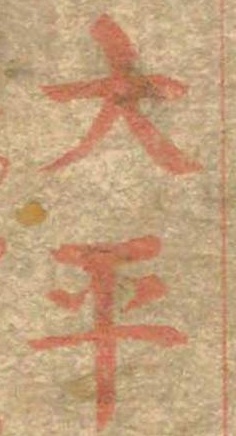
大平